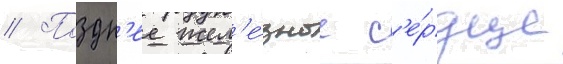
// Поздн'ее жел'е́зное с'е́рдце